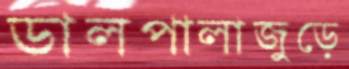
ডালপালাজুড়ে